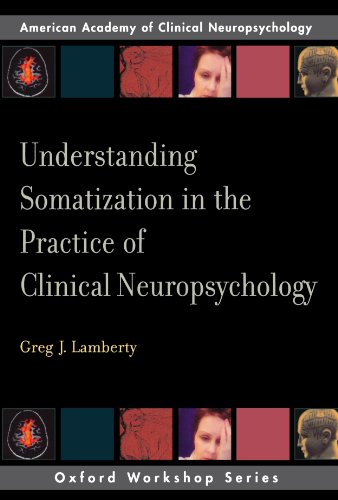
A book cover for Understanding Somatization in the Practice of Clinical Neuropsychology (AACN Workshop Series); Greg J. Lamberty; Health, Fitness & Dieting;